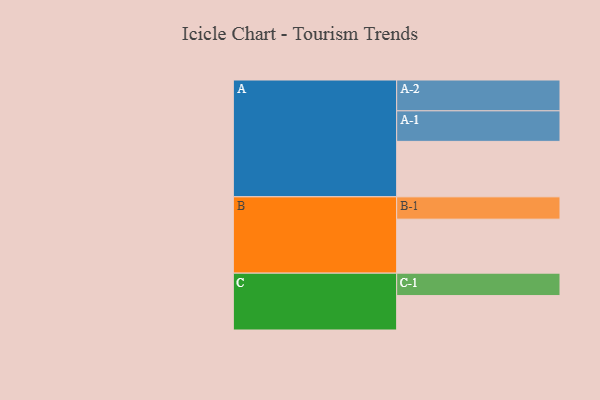
{"axis": {"x": "Segment", "y": "Value"}, "legend": ["", "A", "B", "C"], "data": [{"x": "A", "y": 527, "type": ""}, {"x": "B", "y": 513, "type": ""}, {"x": "C", "y": 327, "type": ""}, {"x": "A-1", "y": 290, "type": "A"}, {"x": "A-2", "y": 293, "type": "A"}, {"x": "B-1", "y": 212, "type": "B"}, {"x": "C-1", "y": 213, "type": "C"}]}